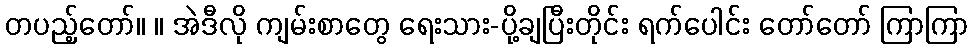
တပည့်တော်။ ။ အဲဒီလို ကျမ်းစာတွေ ရေးသား-ပို့ချပြီးတိုင်း ရက်ပေါင်း တော်တော် ကြာကြာ